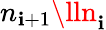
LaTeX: n_{\mathbf{i}+1}\lln_{\mathbf{i}}